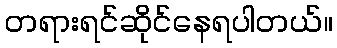
တရားရင်ဆိုင်နေရပါတယ်။